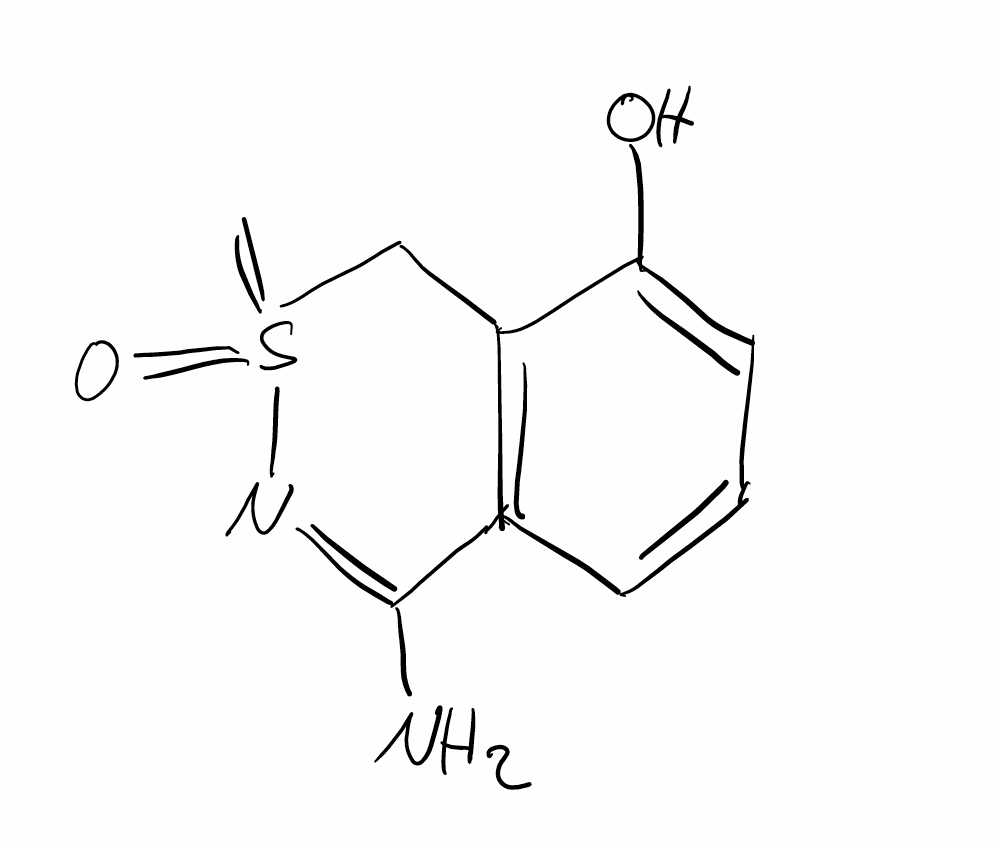
Simplified molecular-input line-entry system (SMILES) notation of the given molecule:
C=S1(=O)CC2=C(C=CC=C2O)C(=N1)N